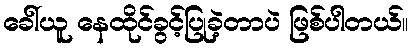
ခေါ်ယူ နေထိုင်ခွင့်ပြုခဲ့တာပဲ ဖြစ်ပါတယ်။